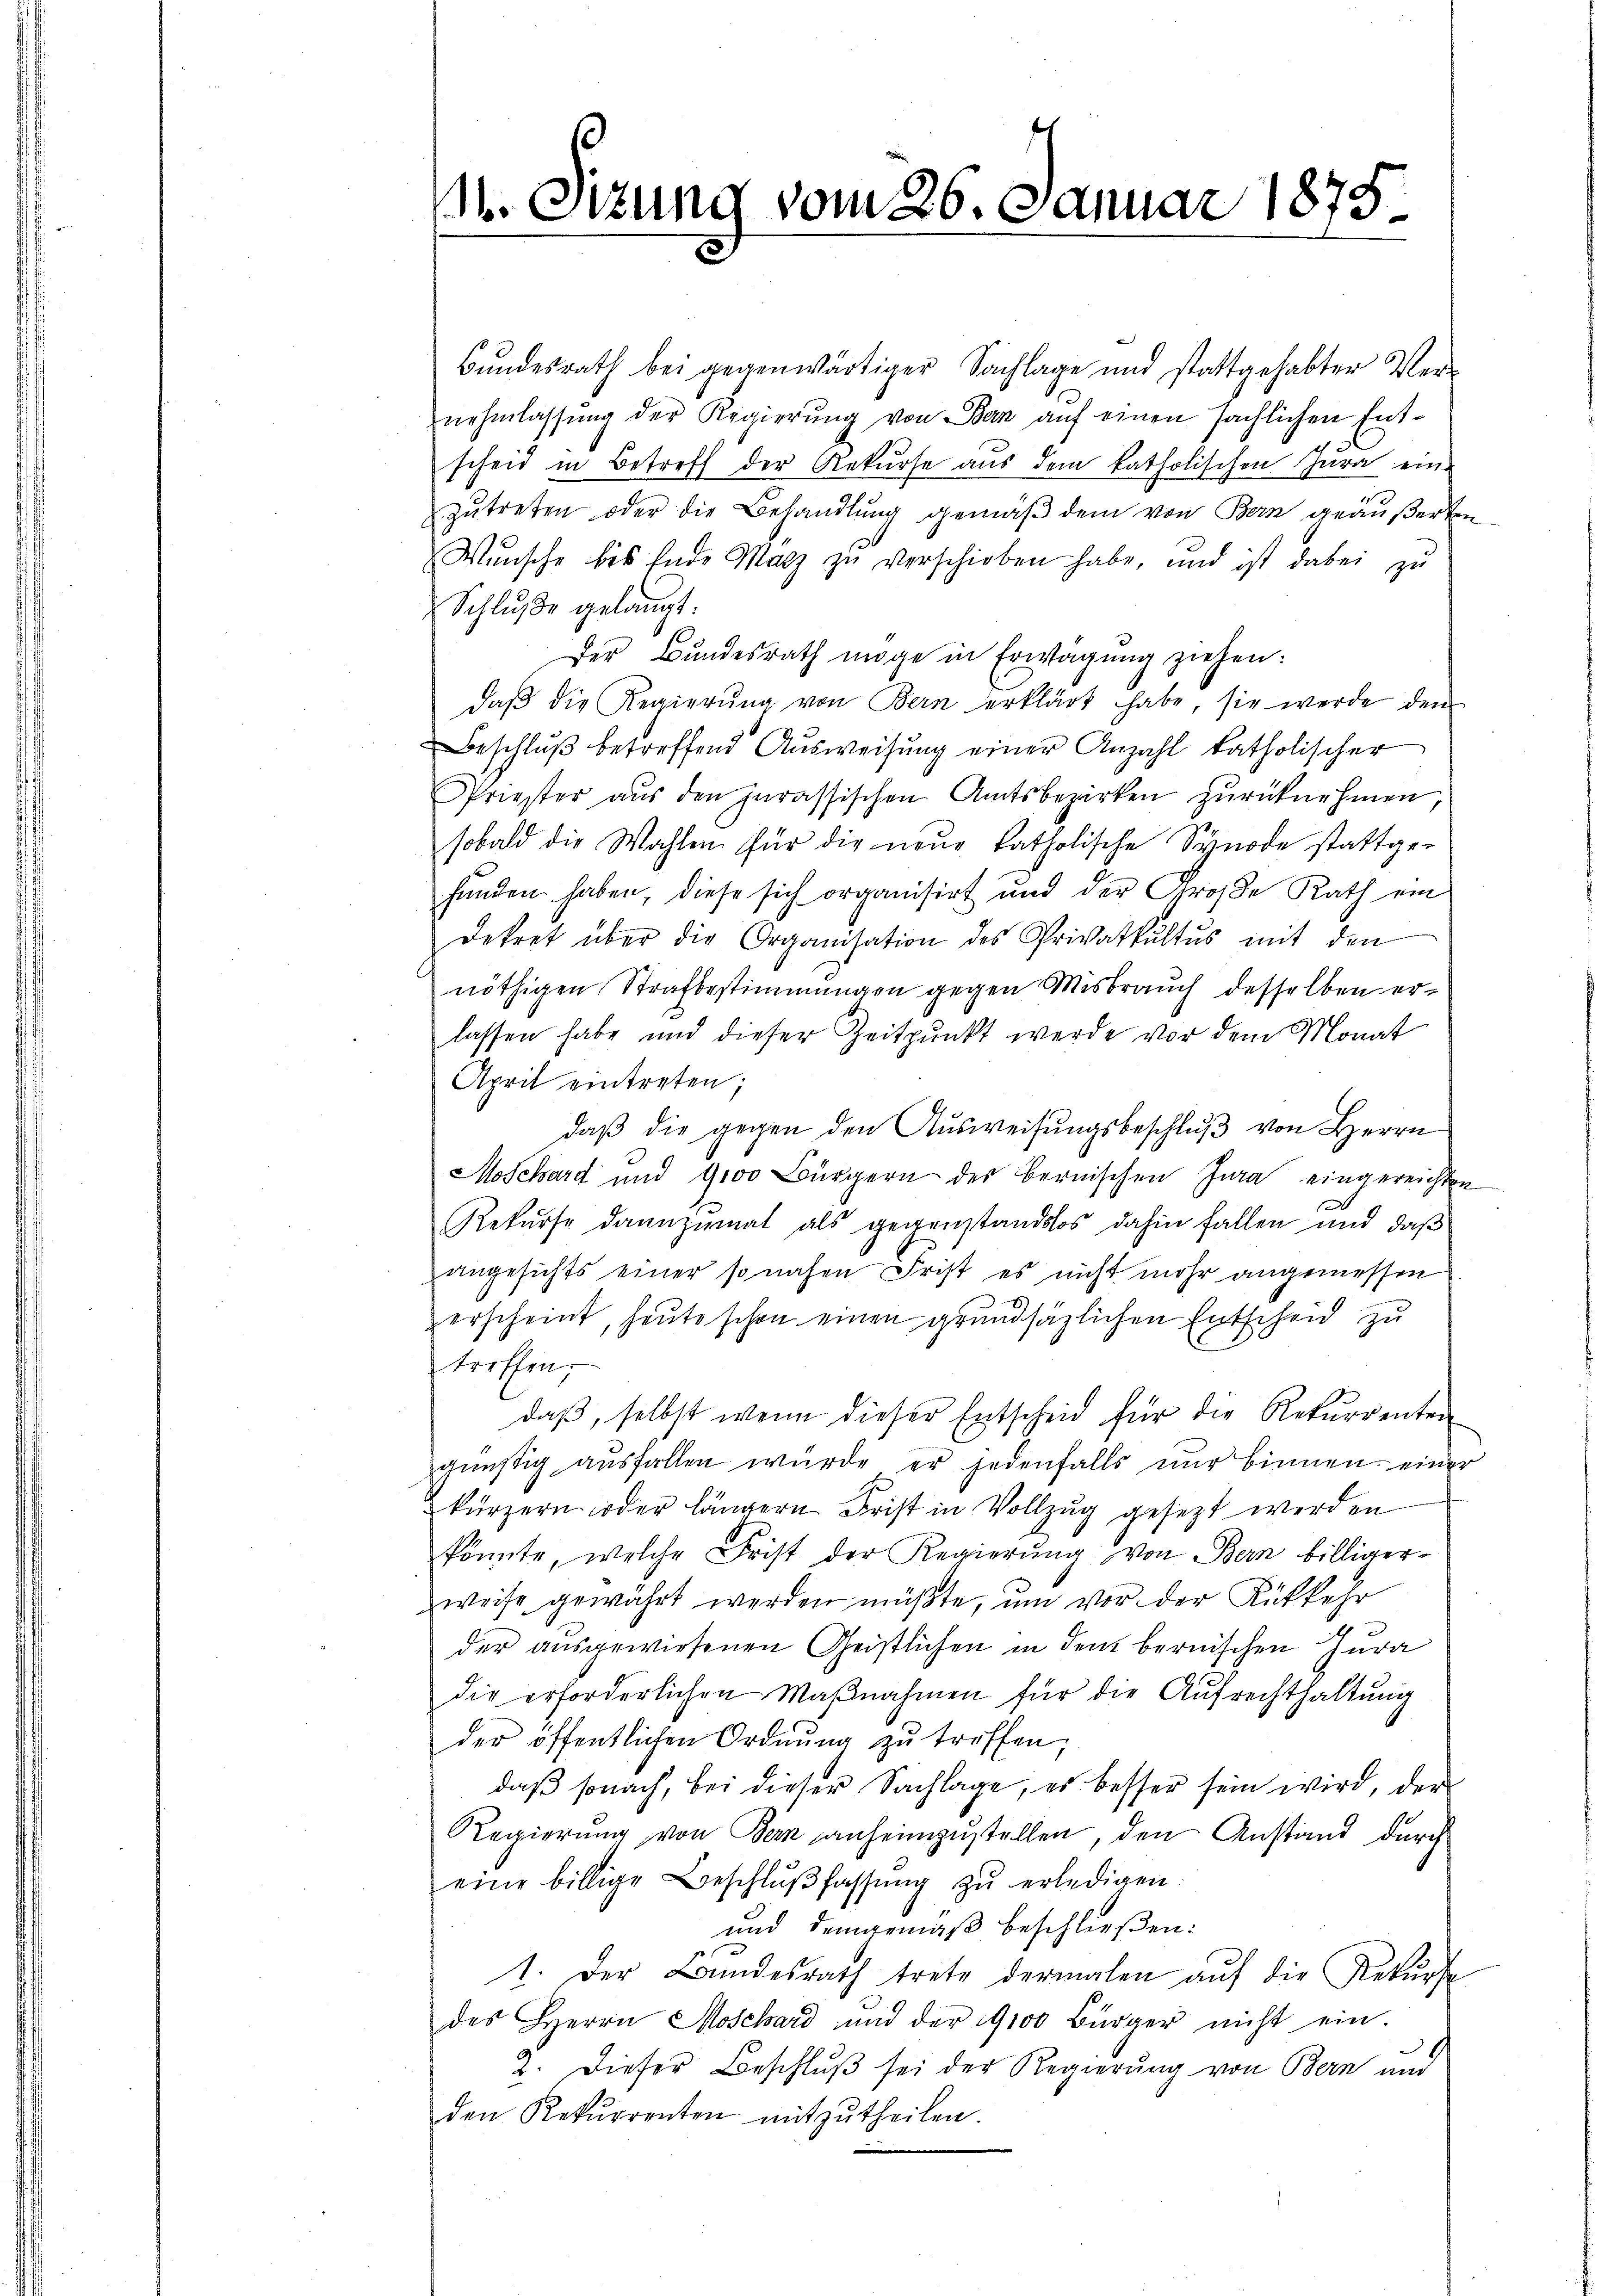
M. Sitzung vom 26. Januar 1875.

Bundesrath bei gegenwärtiger Sachlage und stattgehabter Ver-
nehmlassung der Regierung von Bern auf einen sächlichen Entscheid in Betreff der Rekurse aus dem katholischen Jura eine
zŭtreten oder die Behandlung gemäß dem von Bern geäußerten
Wünsche bis Ende Marz zu verschieben habe, und ist dabei zu
Schlŭβe gelangt:
Der Bundesrath möge in Erwägung ziehen:
daβ die Regierŭng von Bern erklärt habe, sie werde den
Beschluß betreffend Ausweisung einer Anzahl katholischer
Priester aŭs den jurassischen Amtsbezirken zŭrücknehmen
sobald die Wahlen für die neŭe katholische Synode stattge-
funden haben, diese sich organisirt und der Große Rath ein
dekret über die Organisation des Privatkŭltŭs mit den
nöthigen Strafbestimmungen gegen Misbrauch desselben erlassen habe und dieser Zeitpunkt werde vor dem Monat
April eintreten;
daß die gegen den Ausweisungsbeschluß von Herrn
Moschard und 9100 Bürgern des Bernischen Jura eingereichten
Rekurse dannzumal als gegenstandslos dahin fallen und daß
angesichts einer so nahen Frist es nicht mehr angemessen
erscheint, heute schon einen grundsätzlichen Entscheid zu
treffen.
daβ, selbst wenn dieser Entscheid für die Rekurrenten
günstig aŭsfallen würde er jedenfalls nŭr binnen einer
kürzern oder längern Frist in Vollzug gesezt werden
könnte, welche Frist der Regierŭng von Bern billiger-
weise gewährt werden müßte, um vor der Rükkehr
der ausgewiesenen Geistlichen in dem bernischen Jura
die erforderlichen Maβnahmen für die Aŭfrechthaltŭng
der öffentlichen Ordnŭng zŭ treffen;
daß sonach, bei dieser Sachlage, es besser sein wird, der
Regierung von Bern anheimzustellen, den Anstand durch
eine billige Beschlŭβ fassŭng zŭ erledigen:
und demgemäß beschließen:
1. Der Bundesrath trete dermalen auf die Rekurse
des Herrn Moschard und der 9100 Bürger nicht ein-
2. Dieser Beschlŭβ sei der Regierung von Bern und
den Rekurrenten mitzŭtheilen.